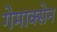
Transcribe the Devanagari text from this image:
गेमाक्सेन